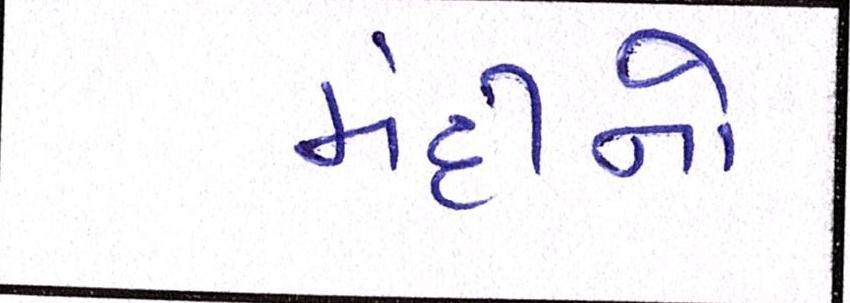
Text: મંદીનો